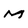
Character: M